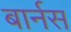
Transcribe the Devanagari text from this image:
बार्नस